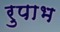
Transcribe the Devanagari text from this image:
रुपाभ